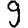
Digit: 9